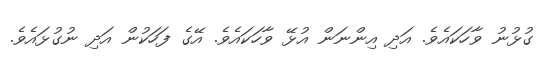
ގުޅުނު ވާހަކައެވެ. އަދި އިންނަން އުޅޭ ވާހަކައެވެ. އޭގެ ފަހަކުން އަދި ނުގުޅައެވެ.